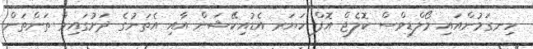
ހިނގަމުންއައި މޯލްޑިވްސް ކޮލެޖް އޮފް ހަޔަރ އެޑުއިކޭޝަން އާއި އެތަނުގެ ދަށުގައިވާ ތަންތަން